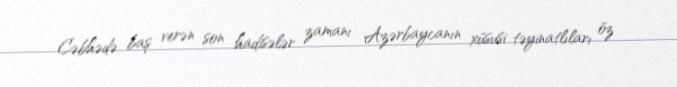
Cəbhədə baş verən son hadisələr zamanı Azərbaycanın xüsusi təyinatlıları öz